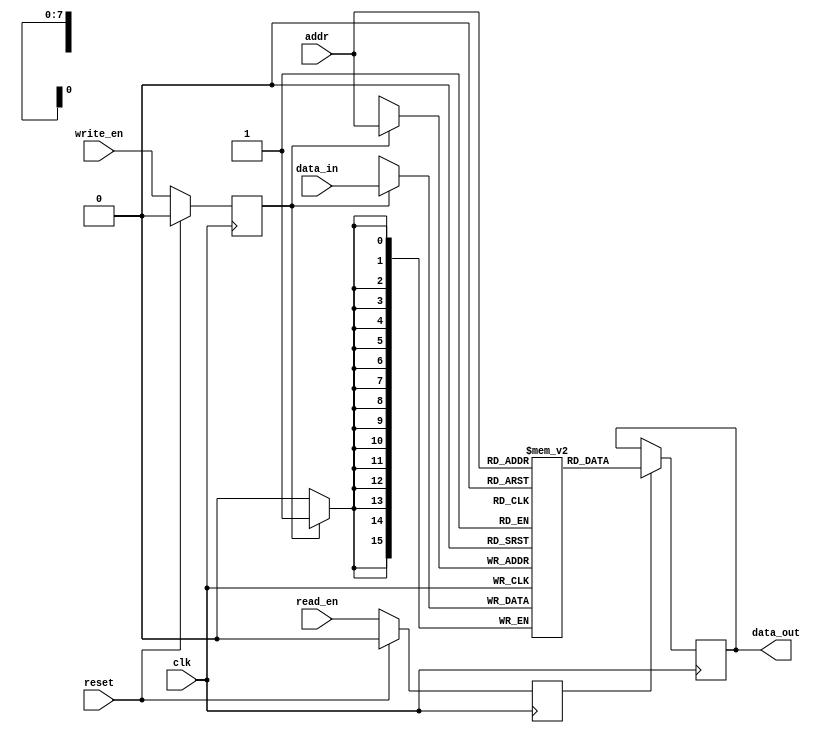
module DDR_SDRAM (
    input wire clk,
    input wire reset,
    input wire [7:0] addr,
    input wire write_en,
    input wire read_en,
    input wire [15:0] data_in,
    output reg [15:0] data_out
);

// Command decoding logic
reg write;
reg read;
always @ (posedge clk) begin
    if (reset) begin
        write <= 0;
        read <= 0;
    end else begin
        write <= write_en;
        read <= read_en;
    end
end

// Data storage and retrieval logic
reg [15:0] memory [0:255];
always @ (posedge clk) begin
    if (write) begin
        memory[addr] <= data_in;
    end
    if (read) begin
        data_out <= memory[addr];
    end
end

// Timing constraints
// Error checking and correction mechanisms
// Refresh mechanisms
// Power saving modes
// Testing and verification procedures

endmodule